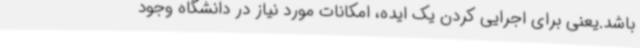
باشد.یعنی برای اجرایی کردن یک ایده، امکانات مورد نیاز در دانشگاه وجود